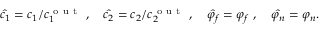
\hat { c _ { 1 } } = c _ { 1 } / c _ { 1 } ^ { \mathrm { ~ o ~ u ~ t ~ } } ~ , ~ ~ ~ \hat { c _ { 2 } } = c _ { 2 } / c _ { 2 } ^ { \mathrm { ~ o ~ u ~ t ~ } } ~ , ~ ~ ~ \hat { \varphi _ { f } } = \varphi _ { f } ~ , ~ ~ ~ \hat { \varphi _ { n } } = \varphi _ { n } .